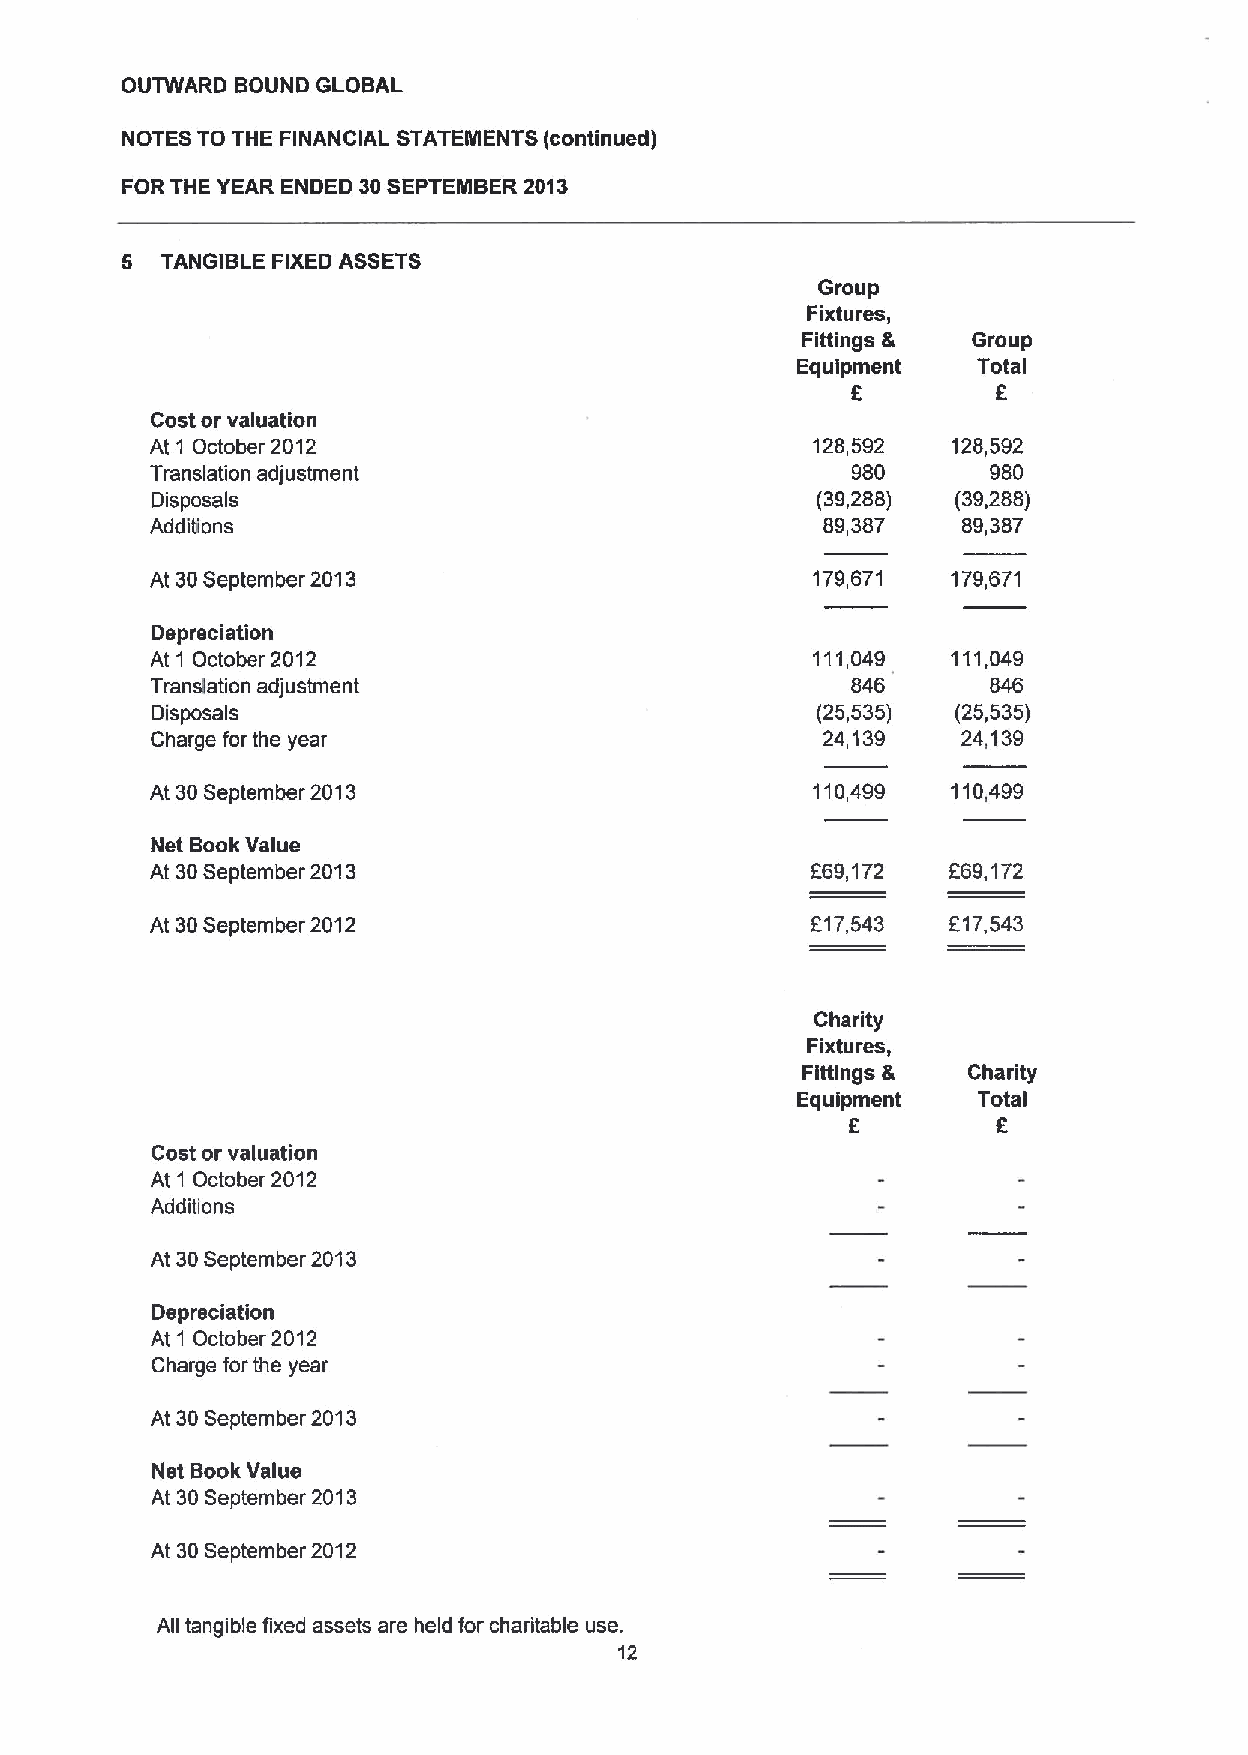
OUTWARD BOUND GLOBAL
 NOTES TO THE FINANCIAL STATEMENTS (continued)
 FOR THE YEAR ENDED 30SEPTEMBER 2013
 5  TANGIBLE FIXED ASSETS
 Group
 Fixtures,
 Fittings & Group
 Equipment   Total
 f
 8
 Cost or valuation
 At 1 October 2012                           128,592  128,592
 Translation adjustment                        980       980
 Disposals                                   (39,288) (39,288)
 Additions                                    89,387   89,387
 At 30September 2013                         179,671  179,671
 Depreciation
 At 1 October 2012                           111,049  111,049
 Translation adjustment                        846       846
 Disposals                                   (25,535) (25,535)
 Charge for the year                         24,139    24,139
 At 30September 2013                         110,499  110,499
 Net BookValue
 At 30September 2013                         F69,172  f69,172
 At 30September 2012                         F17,543  617,543
 Charity
 Fixtures,
 Fittings & Charity
 Equipment   Total
 8         E
 Cost or valuation
 At 1 October 2012
 Additions
 At 30September 2013
 Depreciation
 At 1 October 2012
 Charge for the year
 At 30September 2013
 Net Book Value
 At 30September 2013
 At 30September 2012
 All tangible fixed assets are held for charitable use.
 12